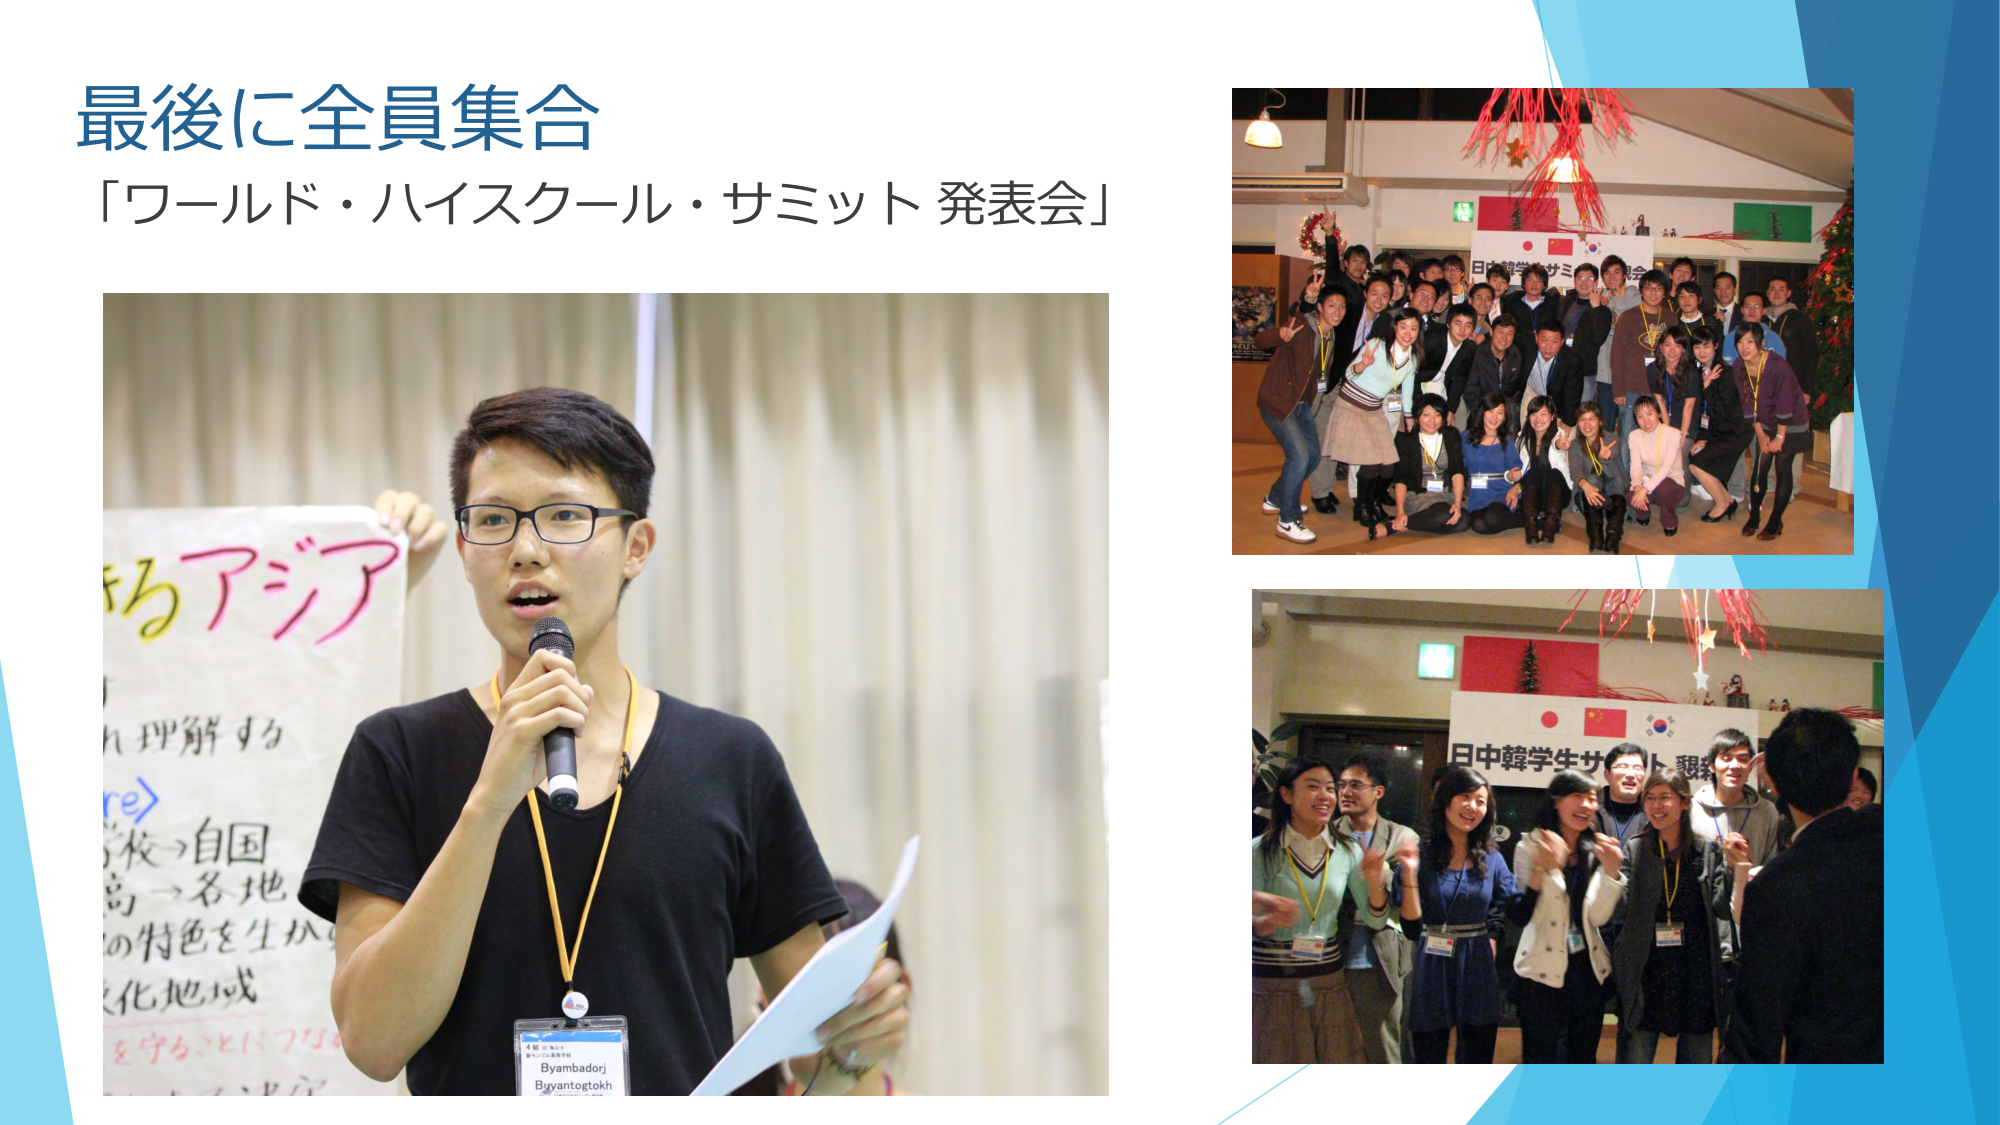
最後に全員集合
「ワールド・ハイスクール・サミット 発表会」

らアジア
理解する
re〉
校→自国
島→各地
の特色を生か
文化地域
を守ることにつなが

Byambadorj
Byyantogtokh

日中韓学生サミット懇親会
日中韓学生サミット懇親会